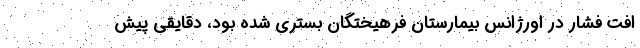
افت فشار در اورژانس بیمارستان فرهیختگان بستری شده بود، دقایقی پیش